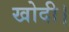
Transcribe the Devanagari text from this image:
खोदी।